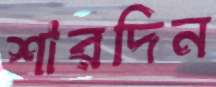
শারদিন